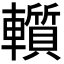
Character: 𨏑